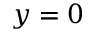
y = 0